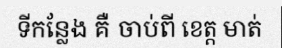
ទីកន្លែង គឺ ចាប់ពី ខេត្ត មាត់